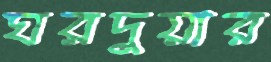
ঘরদুয়ার